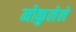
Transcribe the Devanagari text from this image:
मोकुलेले